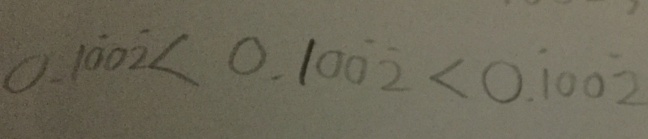
0 . 1 \dot { 0 } 0 \dot { 2 } < 0 . 1 0 \dot { 0 } \dot { 2 } < 0 . \dot { 1 } 0 0 \dot { 2 }